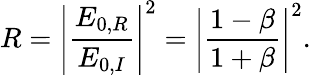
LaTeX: R=\left|\frac{E_{0,R}}{E_{0,I}}\right|^{2}=\left|\frac{1-\beta}{1+\beta}\right|^{2}.